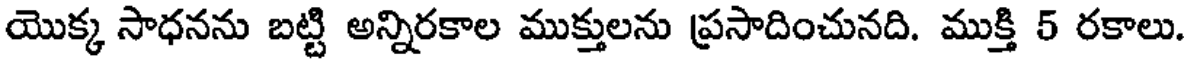
యొక్క సాధనను బట్టి అన్నిరకాల ముక్తులను ప్రసాదించునది. ముక్తి 5 రకాలు.